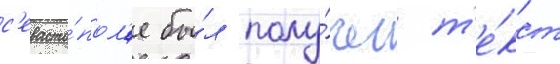
с'евасто́пол'е бы́л полу́чен т'е́кст